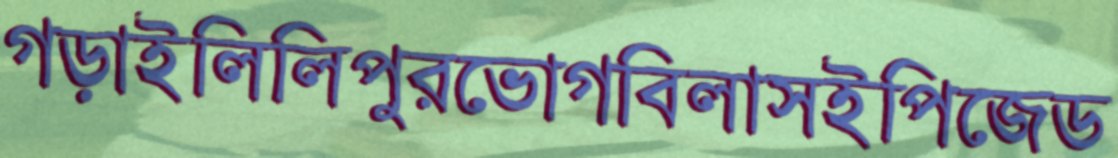
গড়াইলিলিপুরভোগবিলাসইপিজেড